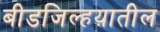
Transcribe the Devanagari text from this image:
बीडजिल्हय़ातील